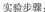
实验步骤：